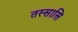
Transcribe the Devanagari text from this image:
तस्सासि